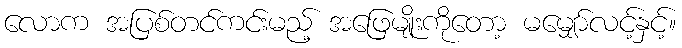
လောက အပြစ်တင်ကင်းမည့် အဖြေမျိုးကိုတော့ မမျှော်လင့်နှင့်။